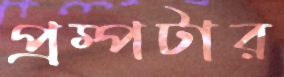
প্রম্পটার